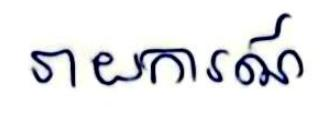
រាយការណ៍